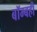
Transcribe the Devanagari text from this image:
बॉम्बही